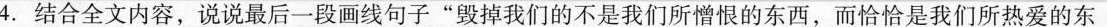
4. 结合全文内容，说说最后一段画线句子”毁掉我们的不是我们所憎恨的东西，而恰恰是我们所热爱的东